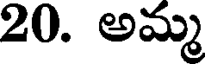
20. అమ్మ